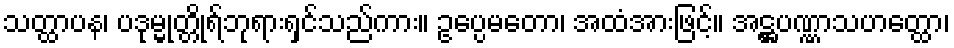
သတ္ထာပန၊ ပဒုမ္မုတ္တိုရ်ဘုရားရှင်သည်ကား။ ဥပ္ပေမတော၊ အထံအားဖြင့်။ အဋ္ဌပဏ္ဏာသဟတ္ထော၊